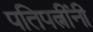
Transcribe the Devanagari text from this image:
पतिपत्नींनी